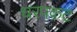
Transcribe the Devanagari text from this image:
धरपकट